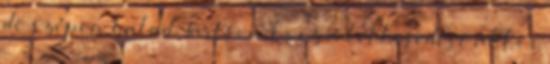
de szépen halad. Tartson ki ez a lelkesedése akkor